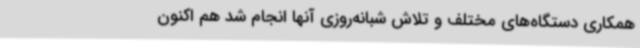
همکاری دستگاه‌های مختلف و تلاش شبانه‌روزی آنها انجام شد هم اکنون